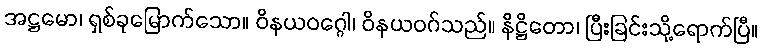
အဋ္ဌမော၊ ရှစ်ခုမြောက်သော။ ဝိနယဝဂ္ဂေါ၊ ဝိနယဝဂ်သည်။ နိဋ္ဌိတော၊ ပြီးခြင်းသို့ရောက်ပြီ။